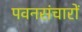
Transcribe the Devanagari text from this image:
पवनसंचारों